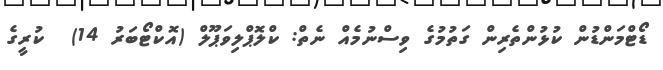
ޑޯޓްމަންޑުން ކުޅުންތެރިން ގަތުމުގެ ވިސްނުމެއް ނެތް: ކްލޮޕްލިވަޕޫލް (އޮކްޓޯބަރު 14)  ކުރީގެ